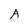
Character: A